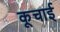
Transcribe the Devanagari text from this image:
कूचाई